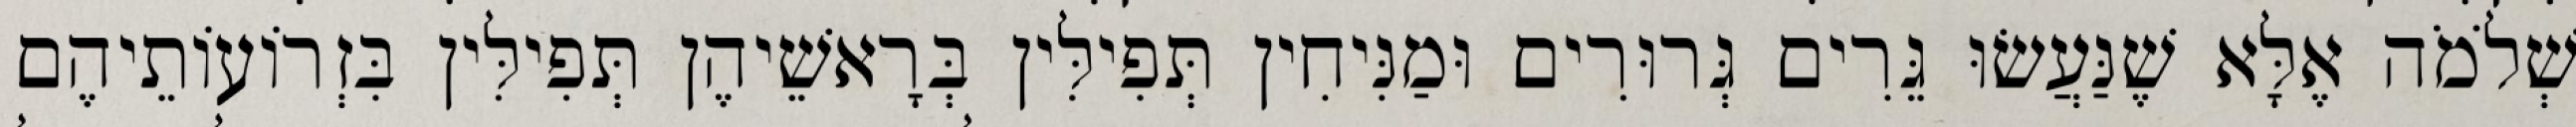
שְׁלֹמֹה אֶלָּא שֶׁנַּעֲשׂוּ גֵּרִים גְּרוּרִים וּמַנִּיחִין תְּפִילִּין בְּרָאשֵׁיהֶן תְּפִילִּין בִּזְרוֹעוֹתֵיהֶם